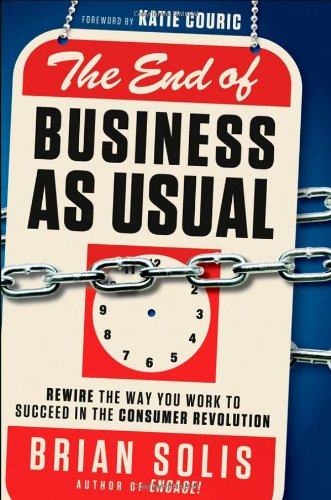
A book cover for The End of Business As Usual: Rewire the Way You Work to Succeed in the Consumer Revolution; Brian Solis; Computers & Technology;